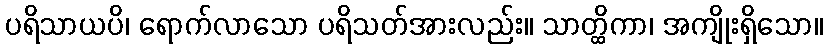
ပရိသာယပိ၊ ရောက်လာသော ပရိသတ်အားလည်း။ သာတ္ထိကာ၊ အကျိုးရှိသော။